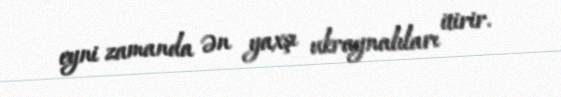
eyni zamanda ən yaxşı ukraynalıları itirir.